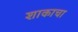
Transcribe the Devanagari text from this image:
शाकाचा